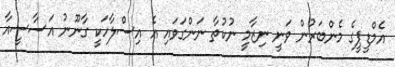
އެމްޑީޕީގެ މެންބަރުން ވަނީ ނިޒާމީ ނުކުތާ ނަންގަވައި އެ އިސްލާހަކީ ގާނޫނު އަސާސީއާ